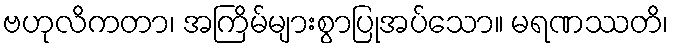
ဗဟုလိကတာ၊ အကြိမ်များစွာပြုအပ်သော။ မရဏဿတိ၊